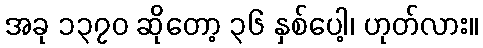
အခု ၁၃၇၀ ဆိုတော့ ၃၆ နှစ်ပေါ့၊ ဟုတ်လား။